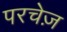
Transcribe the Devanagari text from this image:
परचेज़